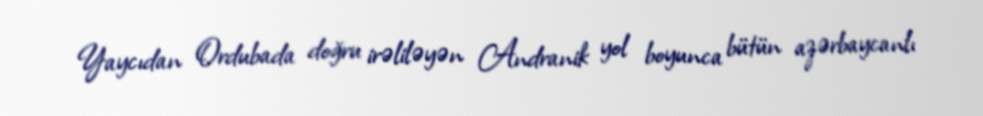
Yaycıdan Ordubada doğru irəliləyən Andranik yol boyunca bütün azərbaycanlı